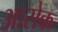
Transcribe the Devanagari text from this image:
आसेक